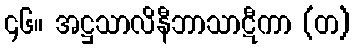
၄၆။ အဋ္ဌသာလိနီဘာသာဋီကာ (တ)